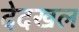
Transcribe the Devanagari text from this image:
देदखल